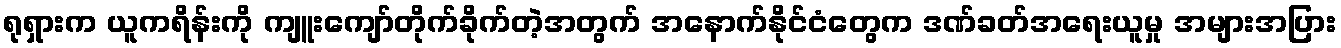
ရုရှားက ယူကရိန်းကို ကျူးကျော်တိုက်ခိုက်တဲ့အတွက် အနောက်နိုင်ငံတွေက ဒဏ်ခတ်အရေးယူမှု အများအပြား